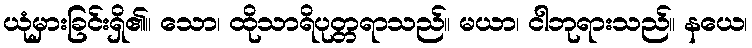
ယုံမှားခြင်းရှိ၏။ သော၊ ထိုသာရိပုတ္တရာသည်။ မယာ၊ ငါဘုရားသည်။ နယေ၊